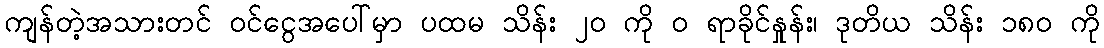
ကျန်တဲ့အသားတင် ဝင်ငွေအပေါ်မှာ ပထမ သိန်း ၂၀ ကို ဝ ရာခိုင်နှုန်း၊ ဒုတိယ သိန်း ၁၈၀ ကို